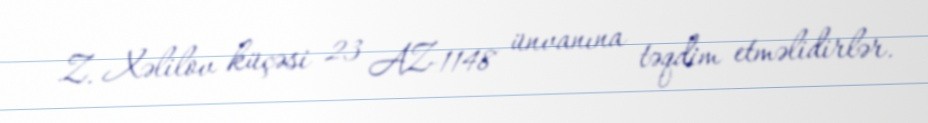
Z. Xəlilov küçəsi 23 AZ-1148 ünvanına təqdim etməlidirlər.